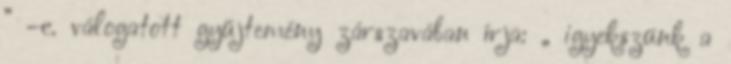
” –c. válogatott gyűjtemény zárszavában írja: „ igyekszünk a